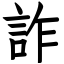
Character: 詐